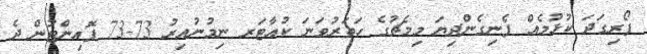
ފޯރިގަދަ ކުޅުމެއް ފެނިގެންދިޔަ މިމެޗުގެ ހަތަރުވަނަ ކުއާޓަރ ނިމުނުއިރު 73-73 ޕޮއިންޓުން ދެ